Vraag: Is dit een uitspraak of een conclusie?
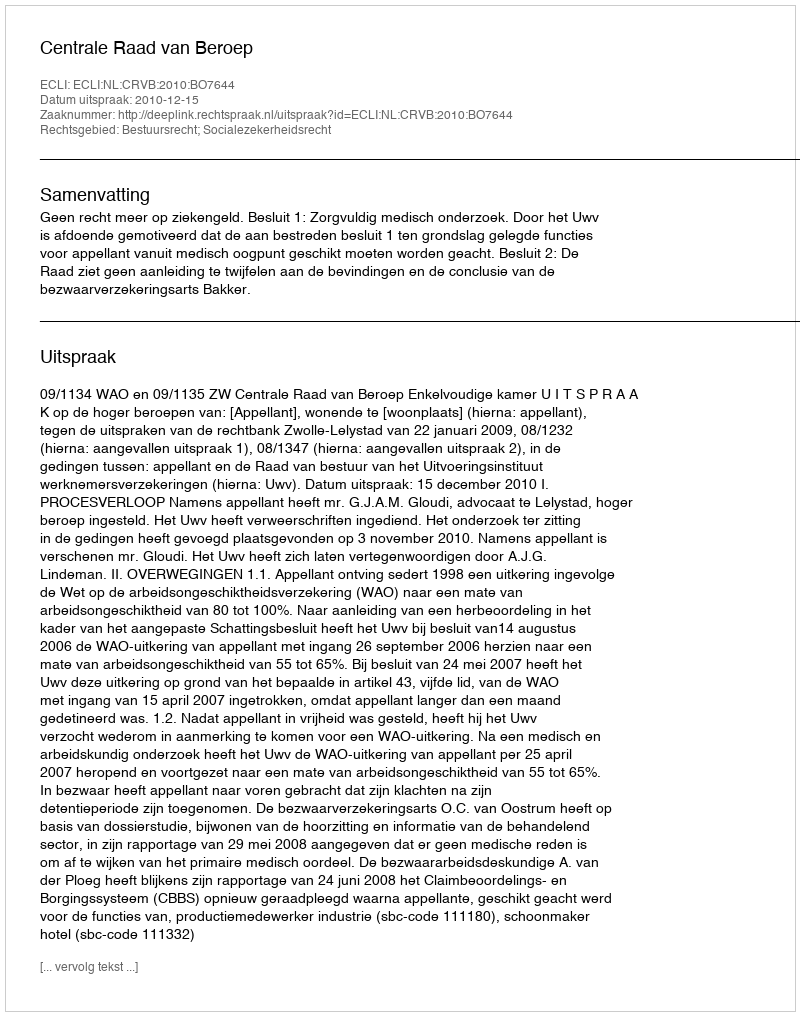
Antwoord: Uitspraak